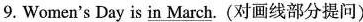
9. Women's Day is \underline{in March} . (对画线部分提问)